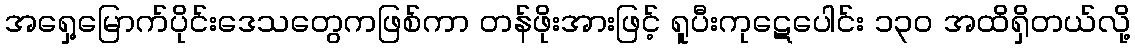
အရှေ့မြောက်ပိုင်းဒေသတွေကဖြစ်ကာ တန်ဖိုးအားဖြင့် ရူပီးကုဋေပေါင်း ၁၃၀ အထိရှိတယ်လို့